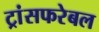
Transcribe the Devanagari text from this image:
ट्रांसफरेबल